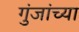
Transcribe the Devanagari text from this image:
गुंजांच्या